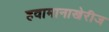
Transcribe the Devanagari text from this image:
हवामानाखेरीज